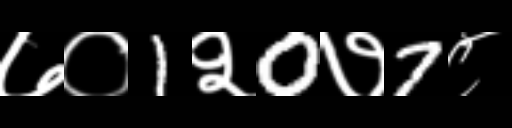
Text: ७०1२0७7८